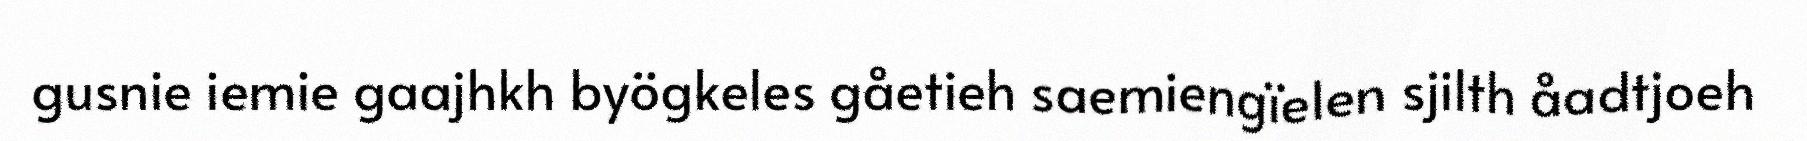
gusnie iemie gaajhkh byögkeles gåetieh saemiengïelen sjilth åadtjoeh